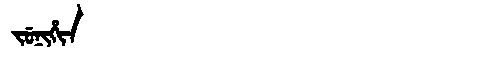
Manchu: ᠵᡠᠨᡳᡥᡳᠨ
Romanization: JUNIHIN